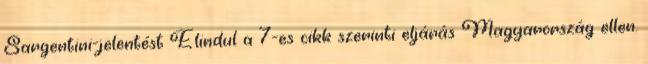
Sargentini-jelentést Elindul a 7-es cikk szerinti eljárás Magyarország ellen.